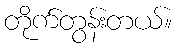
တိုက်တွန်းတယ်။